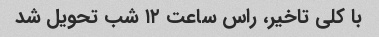
با کلی تاخیر، راس ساعت ۱۲ شب تحویل شد